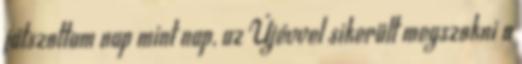
játszottam nap mint nap, az Újévvel sikerült megszokni a